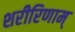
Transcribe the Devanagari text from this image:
शरीरिणाम्